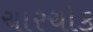
ચારચોક